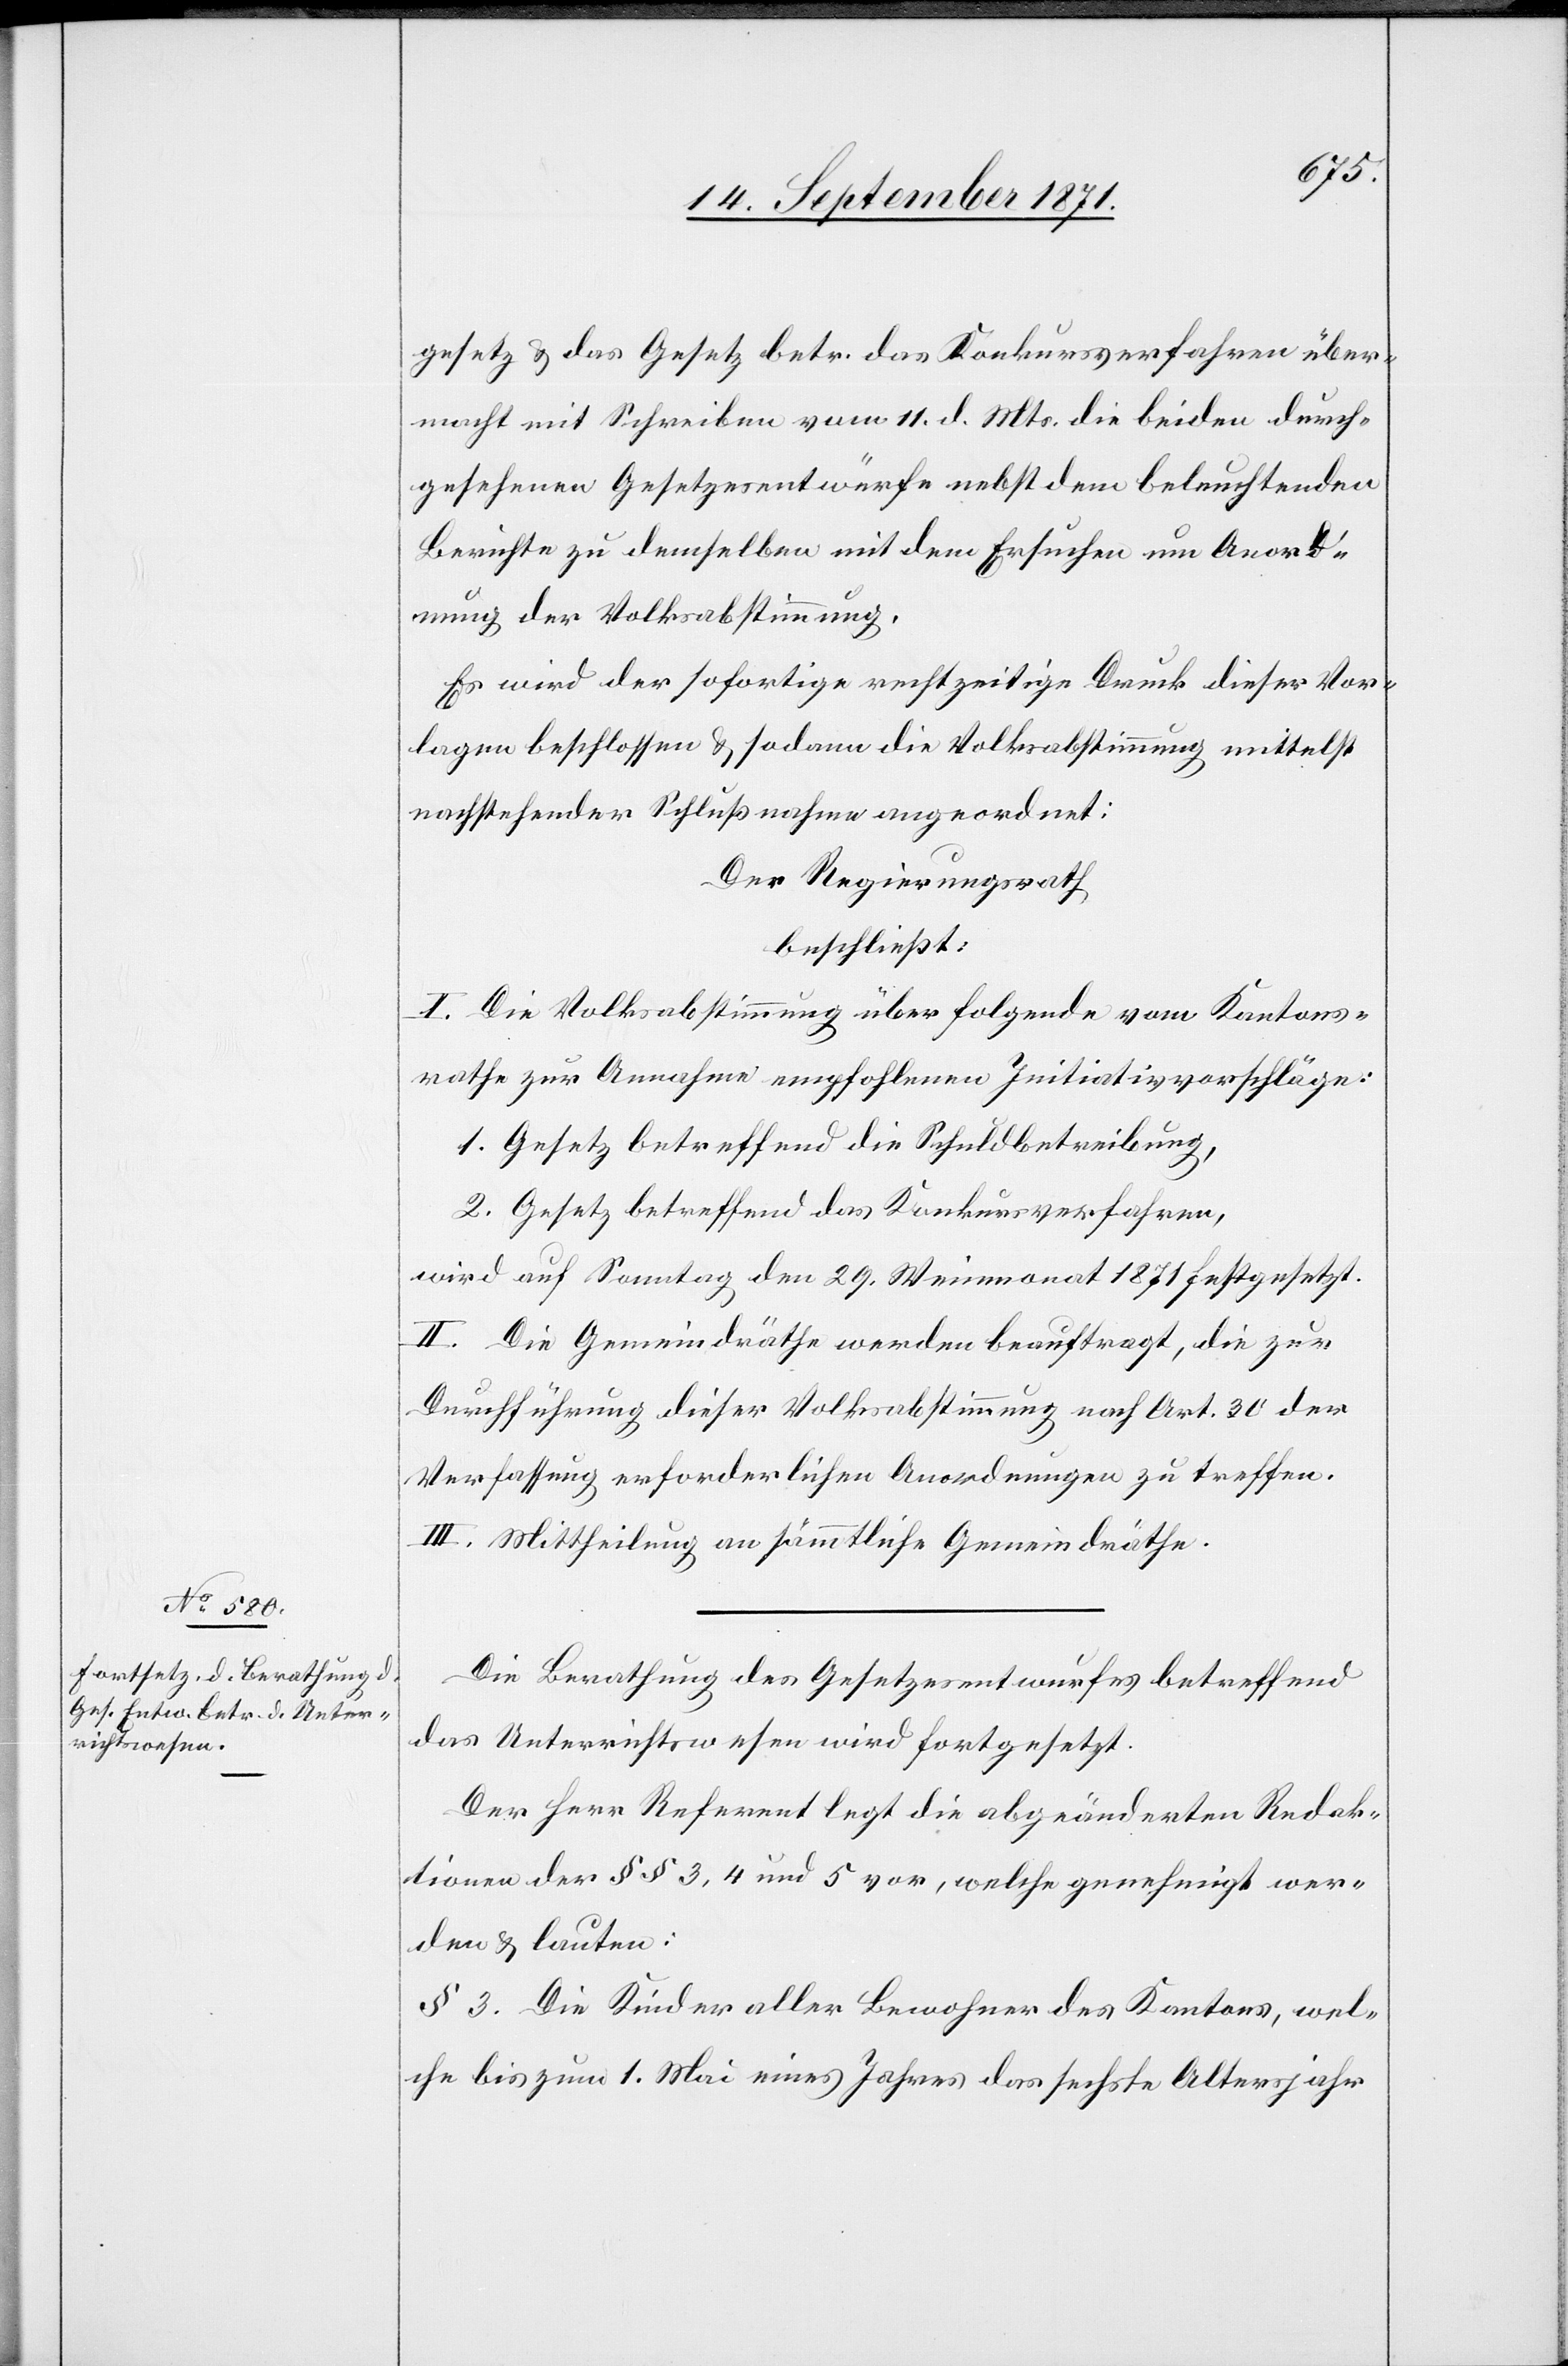
gesetz & das Gesetz betr. das Konkursverfahren über¬
macht mit Schreiben vom 11. d. Mts. die beiden durch¬
gesehenen Gesetzesentwürfe nebst dem beleuchtenden
Berichte zu demselben mit dem Ersuchen um Anord¬
nung der Volksabstimmung.
Es wird der sofortige rechtzeitige Druck dieser Vor¬
lage beschlossen & sodann die Volksabstimmung mittelst
nachstehender Schlußnahme angeordnet:
Der Regierungsrath
beschließt:
I. Die Volksabstimmung über folgende vom Kantons¬
rath zur Annahme empfolene Initiativvorschläge:
1. Gesetz betreffend die Schuldbetreibung,
2. Gesetz betreffend das Konkursverfahren,
wird auf Samstag den 29. Maimonat 1871 festgesetzt.
II. Die Gemeindräthe werden beauftragt, die zur
Durchführung dieser Volksabstimmung nach Art. 30 der
Verfassung erforderlichen Anordnungen zu treffen.
III. Mittheilung an sämmtliche Gemeindräthe.
Die Berathung des Gesetzesentwurfes betreffend
das Unterrichtswesen wird fortgesetzt.
Der Herr Referent legt die abgeänderten Redak¬
tionen der §§ 3, 4 und 5 vor, welche genehmigt wer¬
den & lauten:
§ 3. Die Kinder aller Bewohner des Kantons, wel¬
che bis zum 1. Mai eines Jahres das sechste Altersjahr